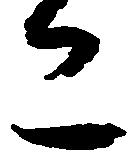
亦